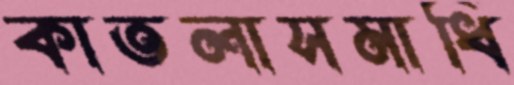
কাতলাসমাধি